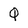
Character: Q